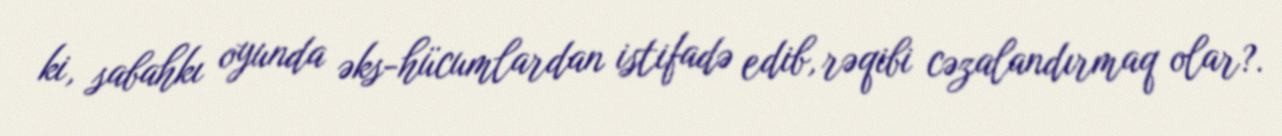
ki, sabahkı oyunda əks-hücumlardan istifadə edib, rəqibi cəzalandırmaq olar?.